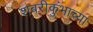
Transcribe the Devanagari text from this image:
शबरीकुंभाच्या